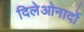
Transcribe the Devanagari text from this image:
दिलेओनार्दो